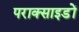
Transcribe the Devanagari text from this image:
पराक्साइडों